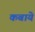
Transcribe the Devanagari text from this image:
कबाये